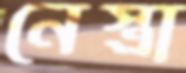
নেস্ত্রা